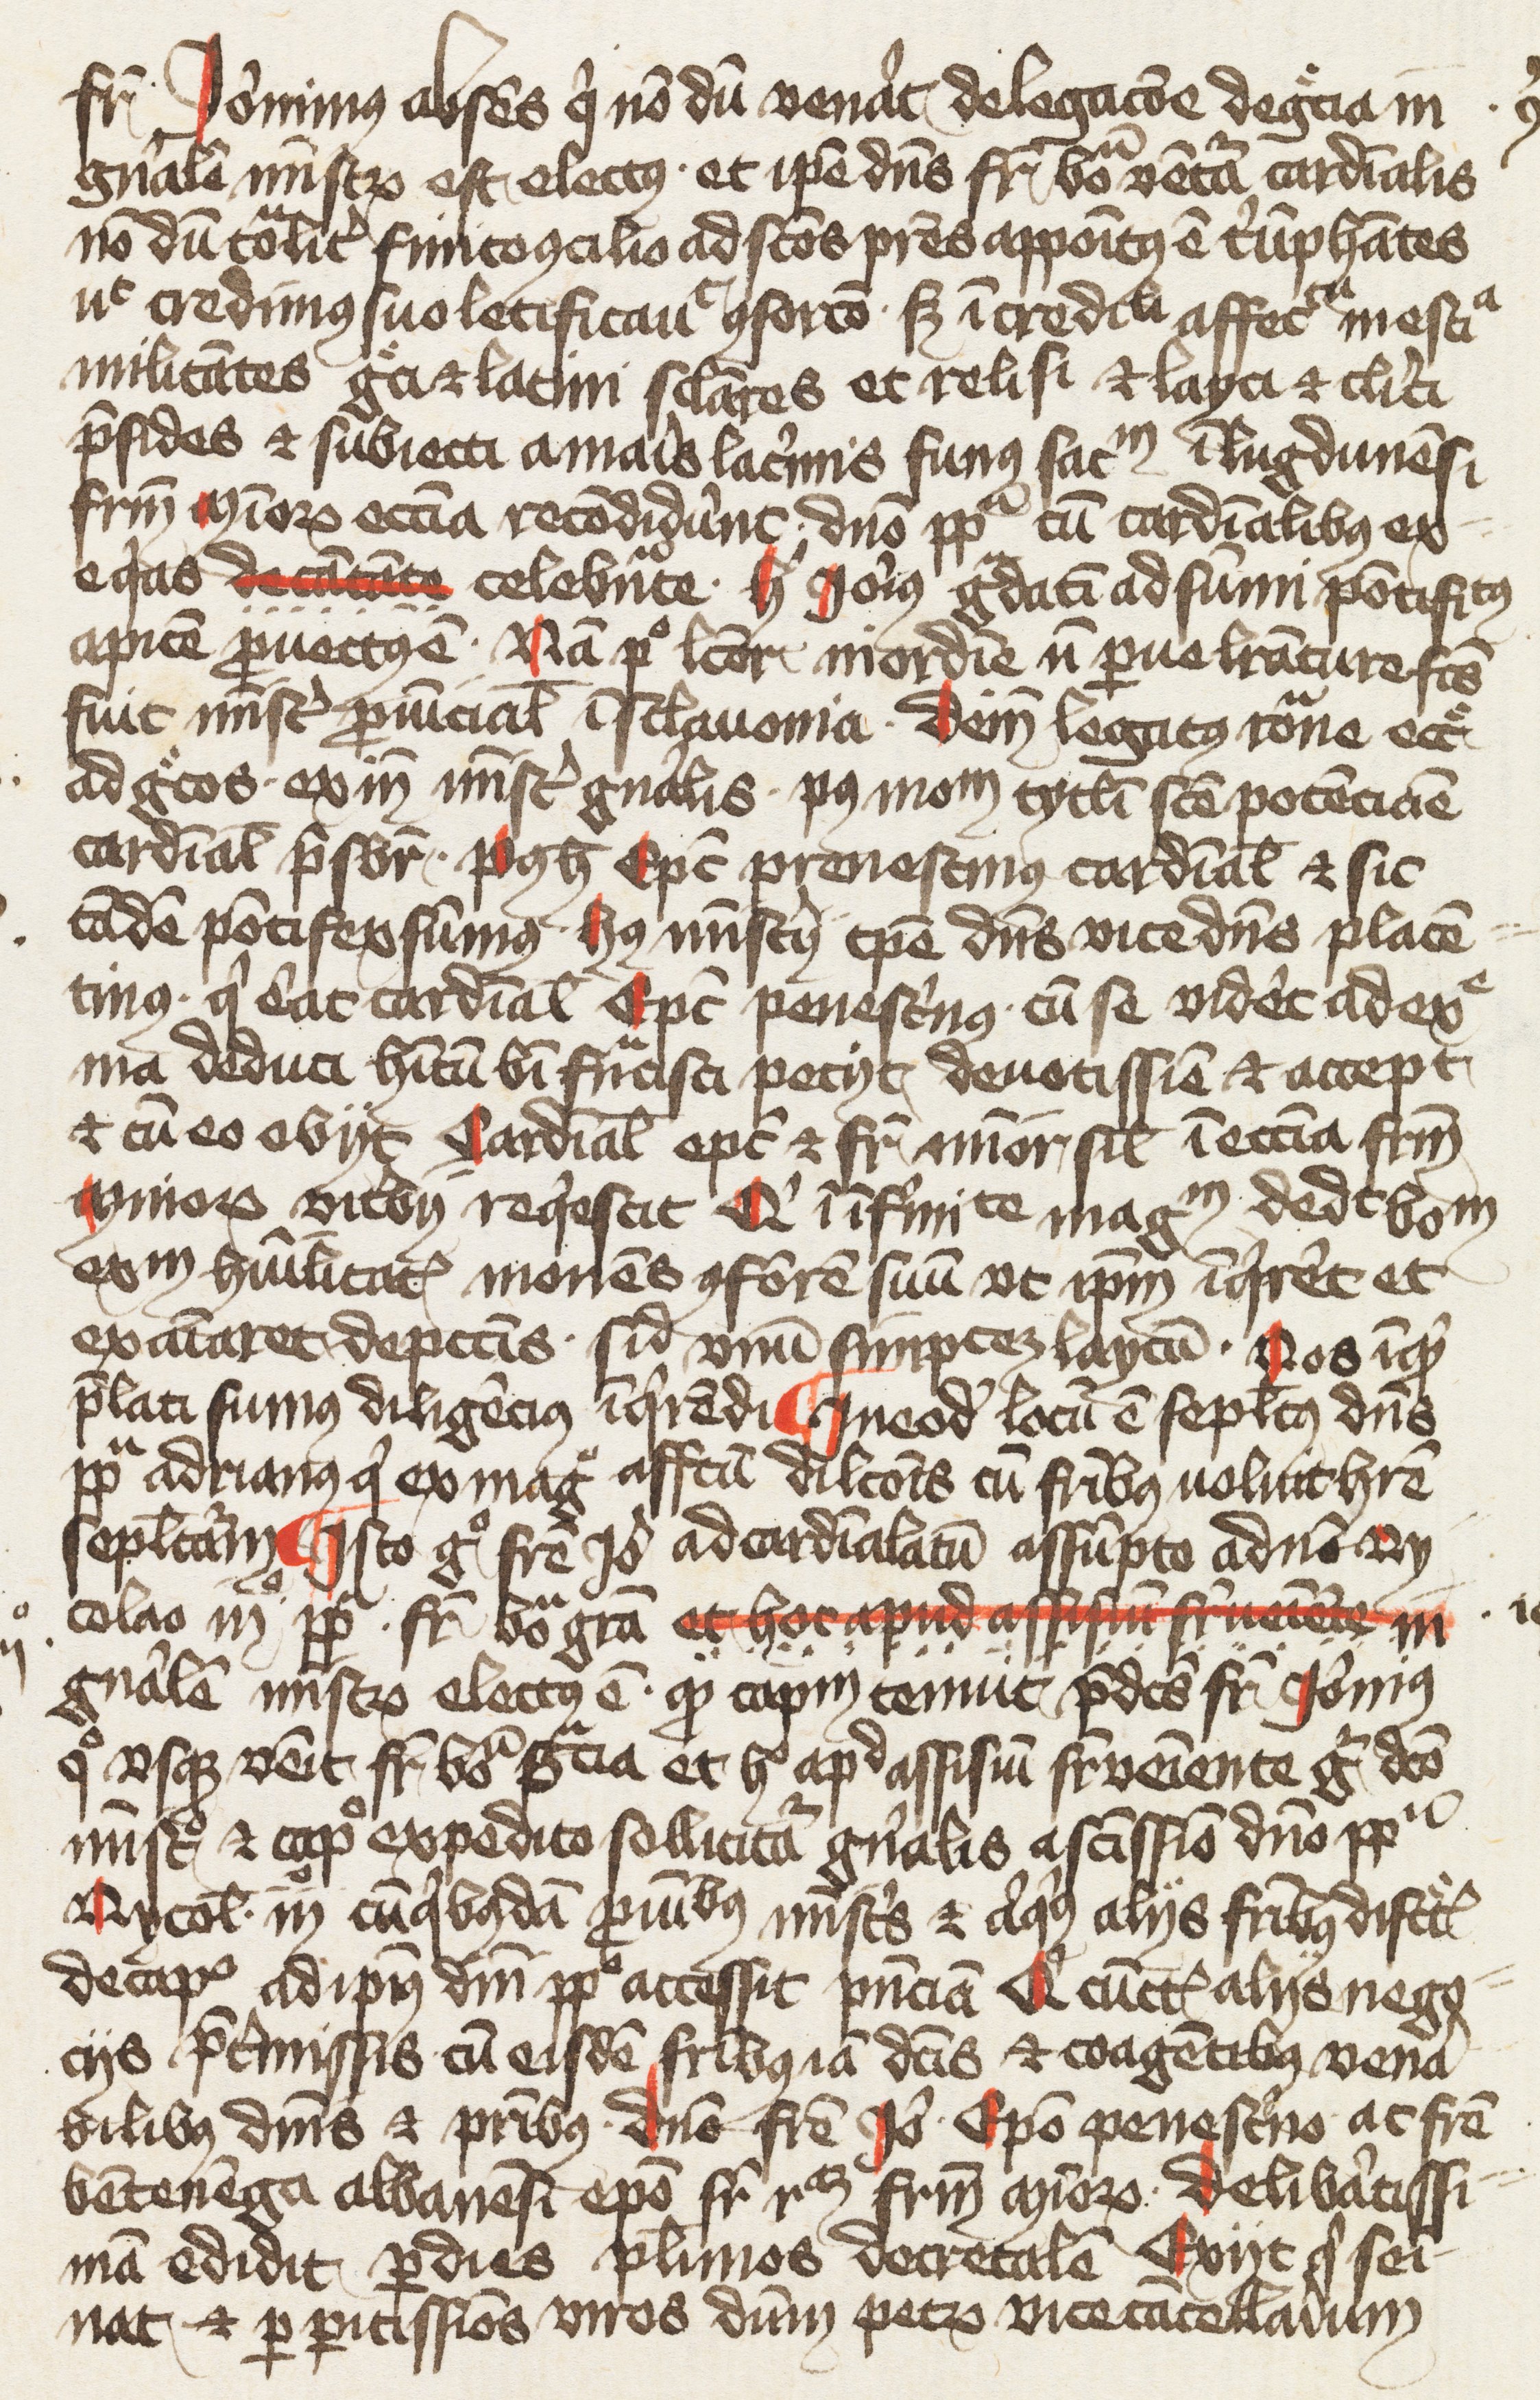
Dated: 1400–1424